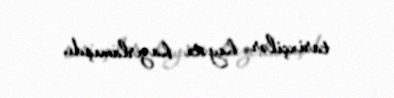
tarixçilər heyəti hazırlamışdı.